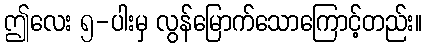
ဤလေး ၅-ပါးမှ လွန်မြောက်သောကြောင့်တည်း။